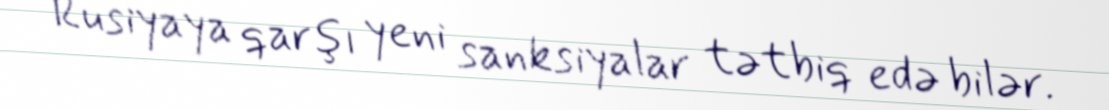
Rusiyaya qarşı yeni sanksiyalar tətbiq edə bilər.